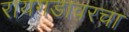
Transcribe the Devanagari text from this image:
रायगडावरचा